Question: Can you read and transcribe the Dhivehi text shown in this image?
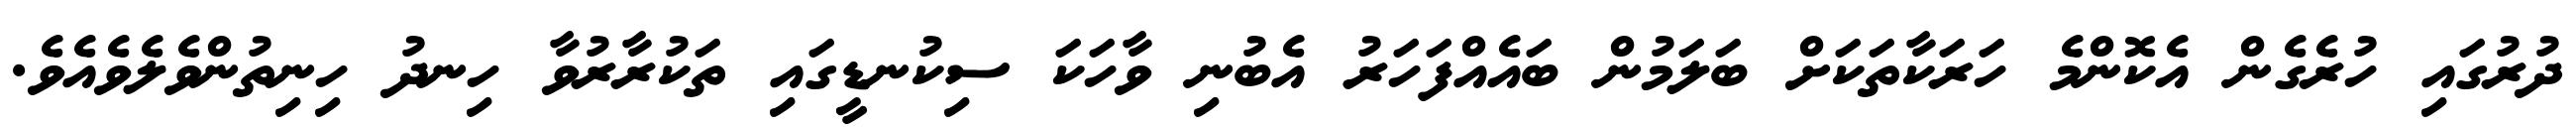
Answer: ދުރުގައި ހުރެގެން އެކޮންމެ ހަރަކާތަކަށް ބަލަމުން ބައެއްފަހަރު އެބުނި ވާހަކަ ސިކުނޑީގައި ތަކުރާރުވާ ހިނދު ހިނިތުންވެލެވެއެވެ.